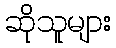
ဆိုသူများ